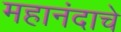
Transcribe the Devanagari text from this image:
महानंदाचे